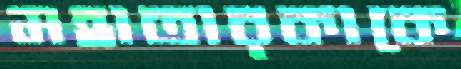
মহাতারকাকে